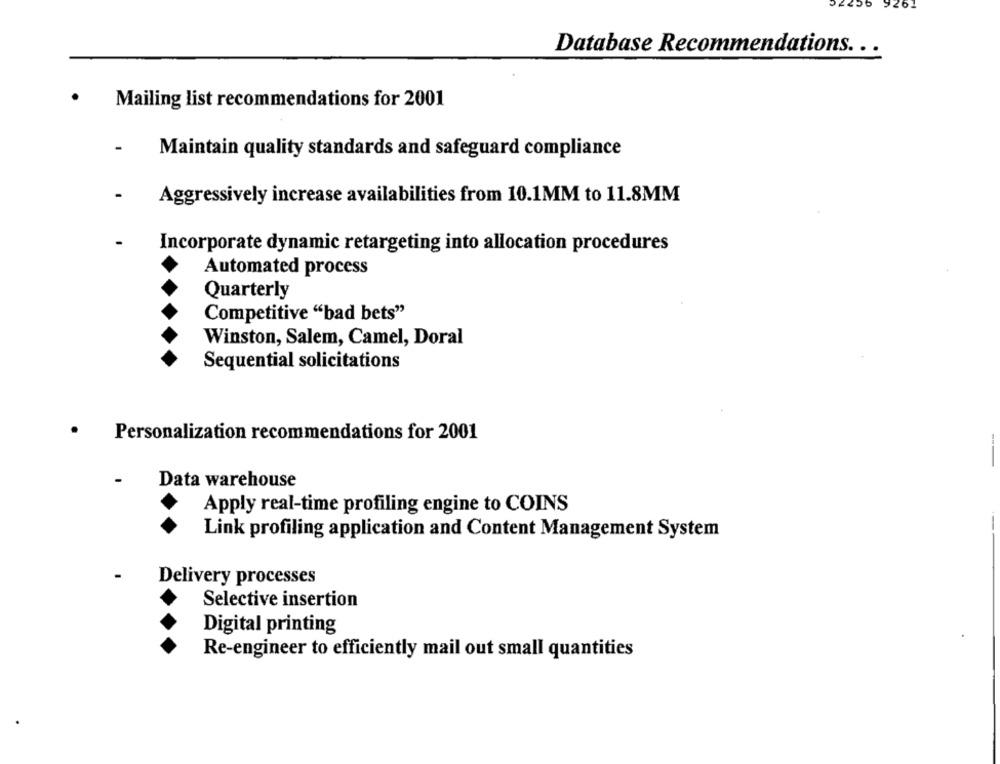
9261
Database Recommendations ...
.
Mailing list recommendations for 2001
Maintain quality standards and safeguard compliance
-
Aggressively increase availabilities from 10.1MM to 11.8MM
Incorporate dynamic retargeting into allocation procedures
Automated process
Quarterly
Competitive "bad bets"
Winston, Salem, Camel, Doral
Sequential solicitations
Personalization recommendations for 2001
-
Data warehouse
Apply real-time profiling engine to COINS
Link profiling application and Content Management System
Delivery processes
Selective insertion
Digital printing
Re-engineer to efficiently mail out small quantities